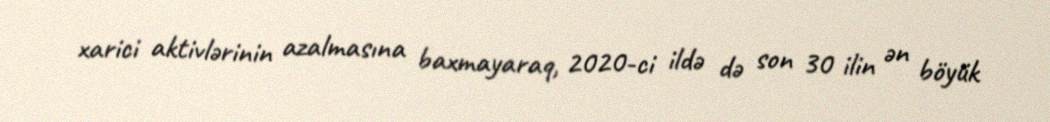
xarici aktivlərinin azalmasına baxmayaraq, 2020-ci ildə də son 30 ilin ən böyük